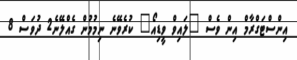
އިންސްޓަގްރާމް އިން ވެސް "ލައިވް ވީޑިއޯ" ކުރެވޭނެ ނިމުމުން ގެއްލޭނެ2 ދުވަސް 8